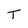
Character: T